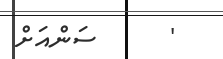
'      ސަންއަށް